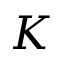
K